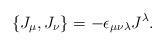
LaTeX: \begin{align*}\{J_{\mu},J_{\nu}\}=-\epsilon_{\mu\nu\lambda}J^{\lambda}.\end{align*}